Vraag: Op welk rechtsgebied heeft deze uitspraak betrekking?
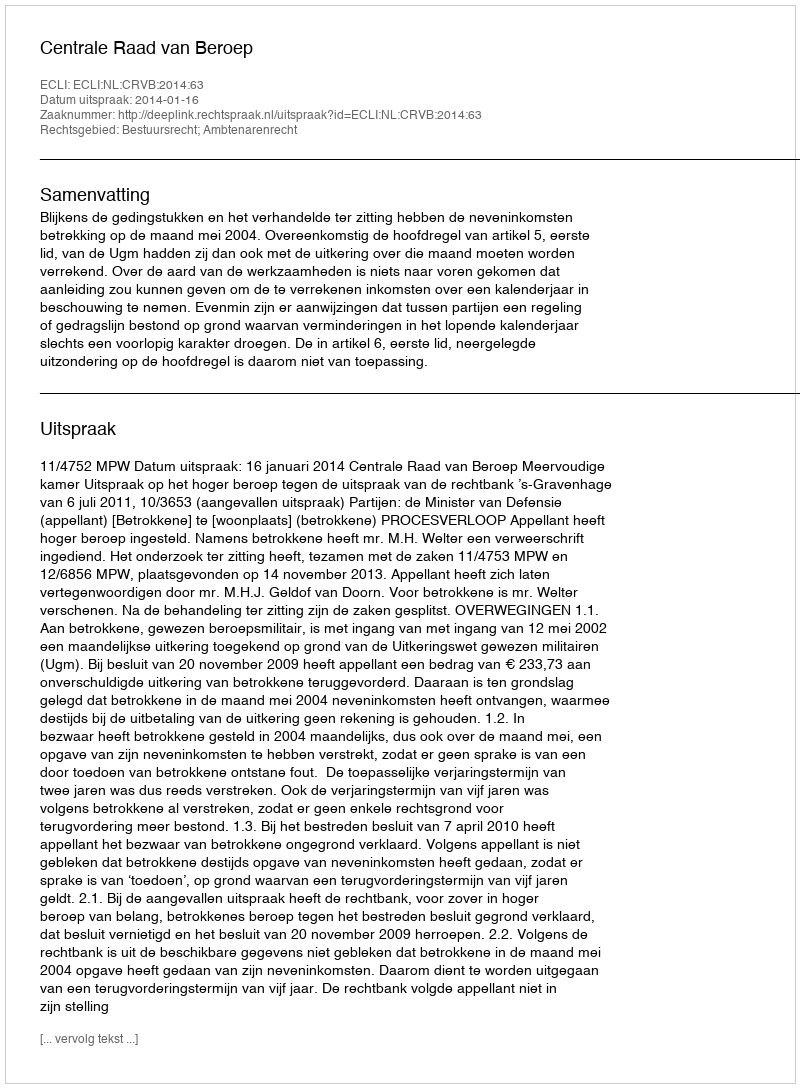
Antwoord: Bestuursrecht; Ambtenarenrecht